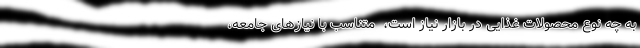
به چه نوع محصولات غذایی در بازار نیاز است، ‌ متناسب با نیازهای جامعه،